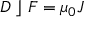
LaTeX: D ~ \rfloor ~ F = \mu _ { 0 } J